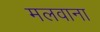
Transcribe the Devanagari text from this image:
मलवाना